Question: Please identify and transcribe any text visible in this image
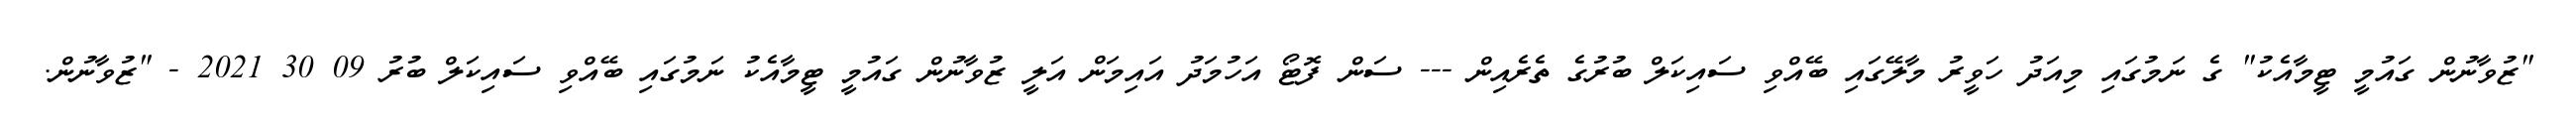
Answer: "ޒުވާނުން ގައުމީ ޓީމާއެކު" ގެ ނަމުގައި މިއަދު ހަވީރު މާލޭގައި ބޭއްވި ސައިކަލް ބުރުގެ ތެރެއިން --- ސަން ފޮޓޯ އަހުމަދު އައިމަން އަލީ ޒުވާނުން ގައުމީ ޓީމާއެކު ނަމުގައި ބޭއްވި ސައިކަލް ބުރު 09 30 2021 - "ޒުވާނުން.